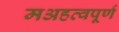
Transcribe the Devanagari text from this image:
मअहत्वपूर्ण